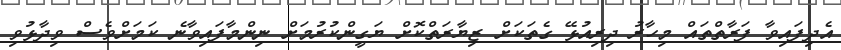
އެދިފައިވާ ފަރާތްތައް މިހާރު ދިރިއުޅޭ ގެތަކަށް ޒިޔާރަތްކޮށް ޔަގީންކުރުމަށް ނިންމާފައިވާނެ ކަމަށްވެސް ވިދާޅުވި